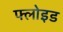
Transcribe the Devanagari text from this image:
फ्लोइड